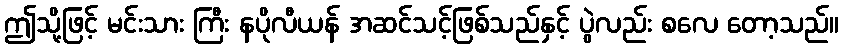
ဤသို့ဖြင့် မင်းသား ကြီး နပိုလီယန် အဆင်သင့်ဖြစ်သည်နှင့် ပွဲလည်း စလေ တော့သည်။